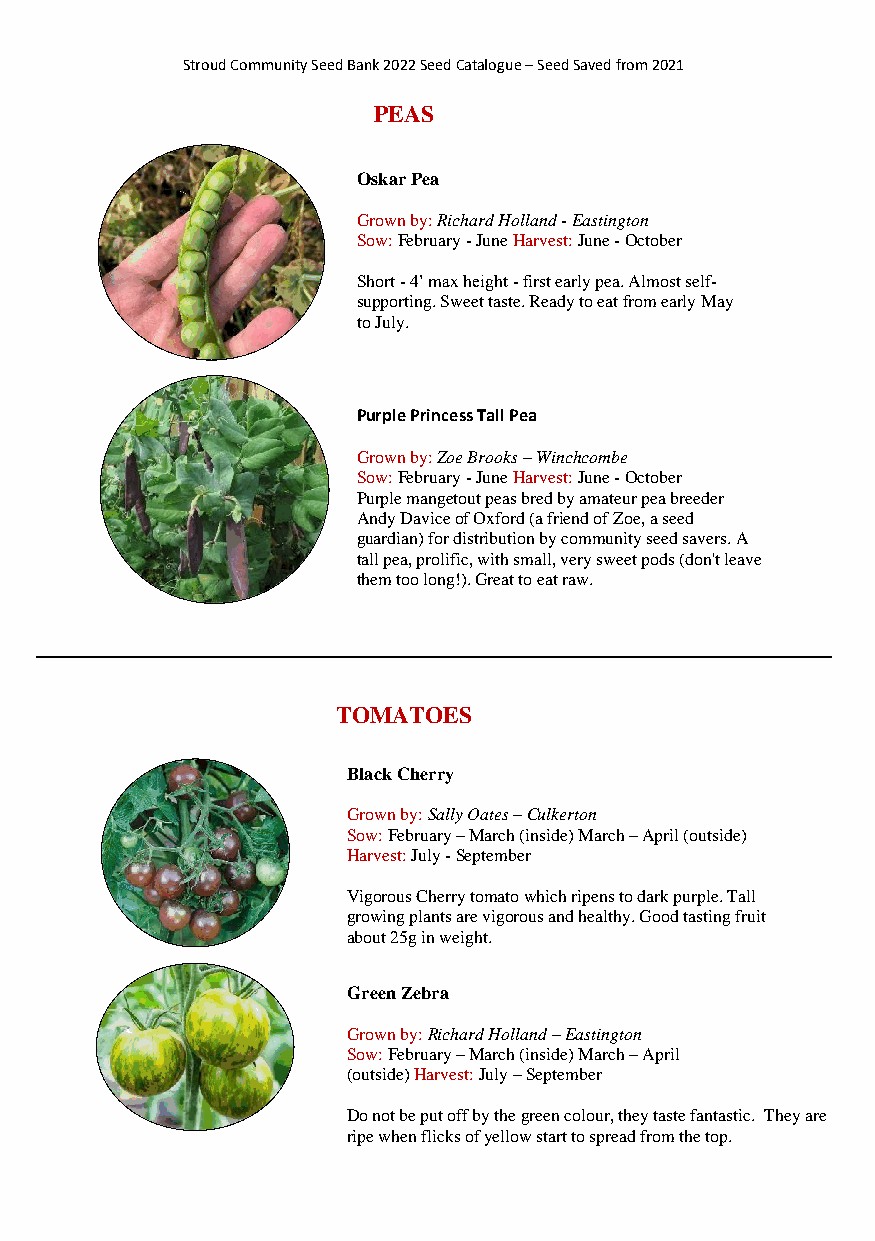
Stroud Community Seed Bank 2022 Seed Catalogue – Seed Saved from 2021
 PEAS
 Oskar Pea
 Grown by: Richard Holland - Eastington
 Sow: February - June Harvest: June - October
 Short - 4’ max height - first early pea. Almost self-
 supporting. Sweet taste. Ready to eat from early May
 to July.
 Purple Princess Tall Pea
 Grown by: Zoe Brooks – Winchcombe
 Sow: February - June Harvest: June - October
 Purple mangetout peas bred by amateur pea breeder
 Andy Davice of Oxford (a friend of Zoe, a seed
 guardian) for distribution by community seed savers. A
 tall pea, prolific, with small, very sweet pods (don't leave
 them too long!). Great to eat raw.
 TOMATOES
 Black Cherry
 Grown by: Sally Oates – Culkerton
 Sow: February – March (inside) March – April (outside)
 Harvest: July - September
 Vigorous Cherry tomato which ripens to dark purple. Tall
 growing plants are vigorous and healthy. Good tasting fruit
 about 25g in weight.
 Green Zebra
 Grown by: Richard Holland – Eastington
 Sow: February – March (inside) March – April
 (outside) Harvest: July – September
 Do not be put off by the green colour, they taste fantastic. They are
 ripe when flicks of yellow start to spread from the top.